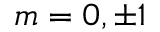
m = 0 , \pm 1